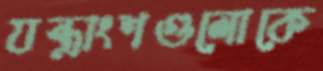
যন্ত্রাংশগুলোকে